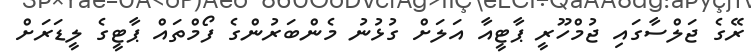
ރޭގެ ޖަލްސާގައި ޖުމްހޫރީ ޕާޓީއާ އަލަށް ގުޅުނު މެންބަރުންގެ ފޯމްތައް ޕާޓީގެ ލީޑަރަށް